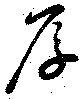
厚